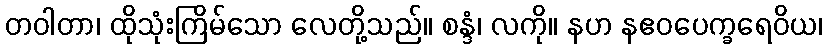
တဝါတာ၊ ထိုသုံးကြိမ်သော လေတို့သည်။ စန္ဒံ၊ လကို။ နဟ နဧဝပေက္ခရေဝိယ၊